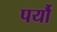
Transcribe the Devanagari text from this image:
पर्यौ